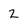
Character: 2